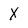
Character: X